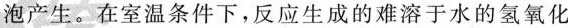
泡产生。在室温条件下，反应生成的难溶于水的氢氧化